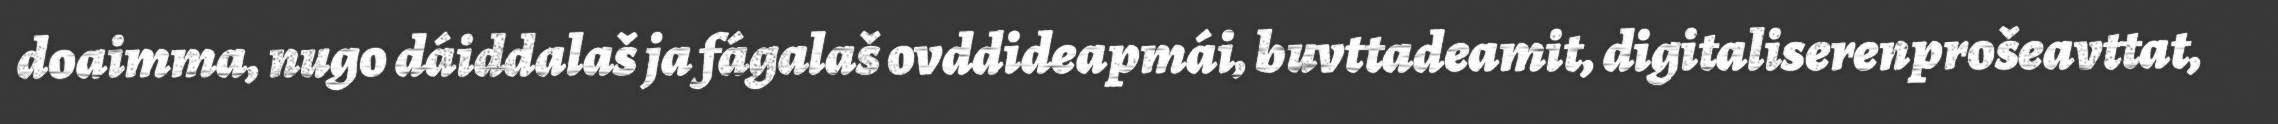
doaimma, nugo dáiddalaš ja fágalaš ovddideapmái, buvttadeamit, digitaliserenprošeavttat,